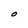
Character: O